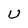
Character: U